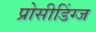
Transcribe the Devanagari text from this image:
प्रोसीडिंग्ज